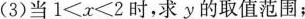
(3)当$$1 < x < 2$$时，求y的取值范围；